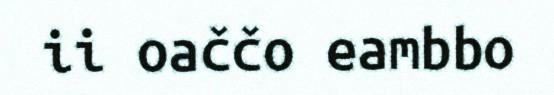
ii oaččo eambbo